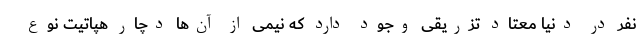
نفر در دنیا معتاد تزریقی وجود دارد که نیمی از آن‌ها دچار هپاتیت نوع